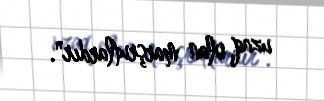
uzaq olan marşrutlardır".